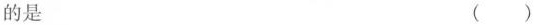
的是 ()